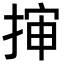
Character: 𭡜